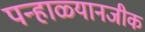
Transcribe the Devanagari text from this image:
पन्हाळ्यानजीक